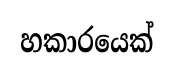
හකාරයෙක්